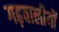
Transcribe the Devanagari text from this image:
गढ़वालीयों